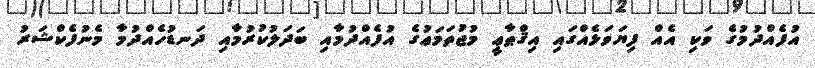
އުފެއްދުމުގެ ވަކި އެއް ފިޔަވަޅެއްގައި އިޤްޠާޢީ މުޖުތަމަޢުގެ އުފެއްދުމާއި ބަދަލުކުރުމާއި ދަނޑުހެއްދުމާ މެނުފެކްޝަރު